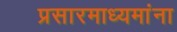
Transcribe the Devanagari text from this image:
प्रसारमाध्यमांना